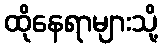
ထိုနေရာများသို့